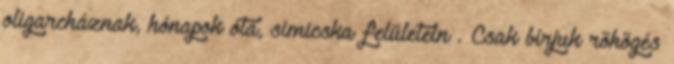
oligarcháznak, hónapok óta, simicska felületein . Csak bírjuk röhögés